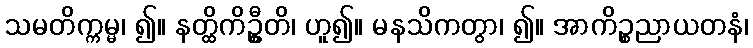
သမတိက္ကမ္မ၊ ၍။ နတ္ထိကိဦ္စတိ၊ ဟူ၍။ မနသိကတွာ၊ ၍။ အာကိဉ္စညာယတနံ၊